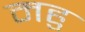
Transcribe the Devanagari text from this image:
महु